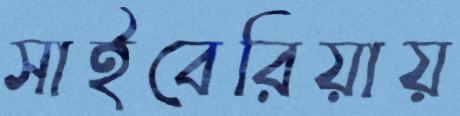
সাইবেরিয়ায়